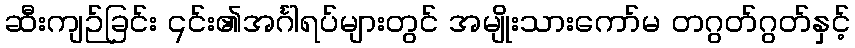
ဆီးကျဉ်ခြင်း ၎င်း၏အင်္ဂါရပ်များတွင် အမျိုးသားကော်မ တဂွတ်ဂွတ်နှင့်